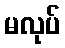
မလုပ်